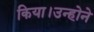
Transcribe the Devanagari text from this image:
किया।उन्होने